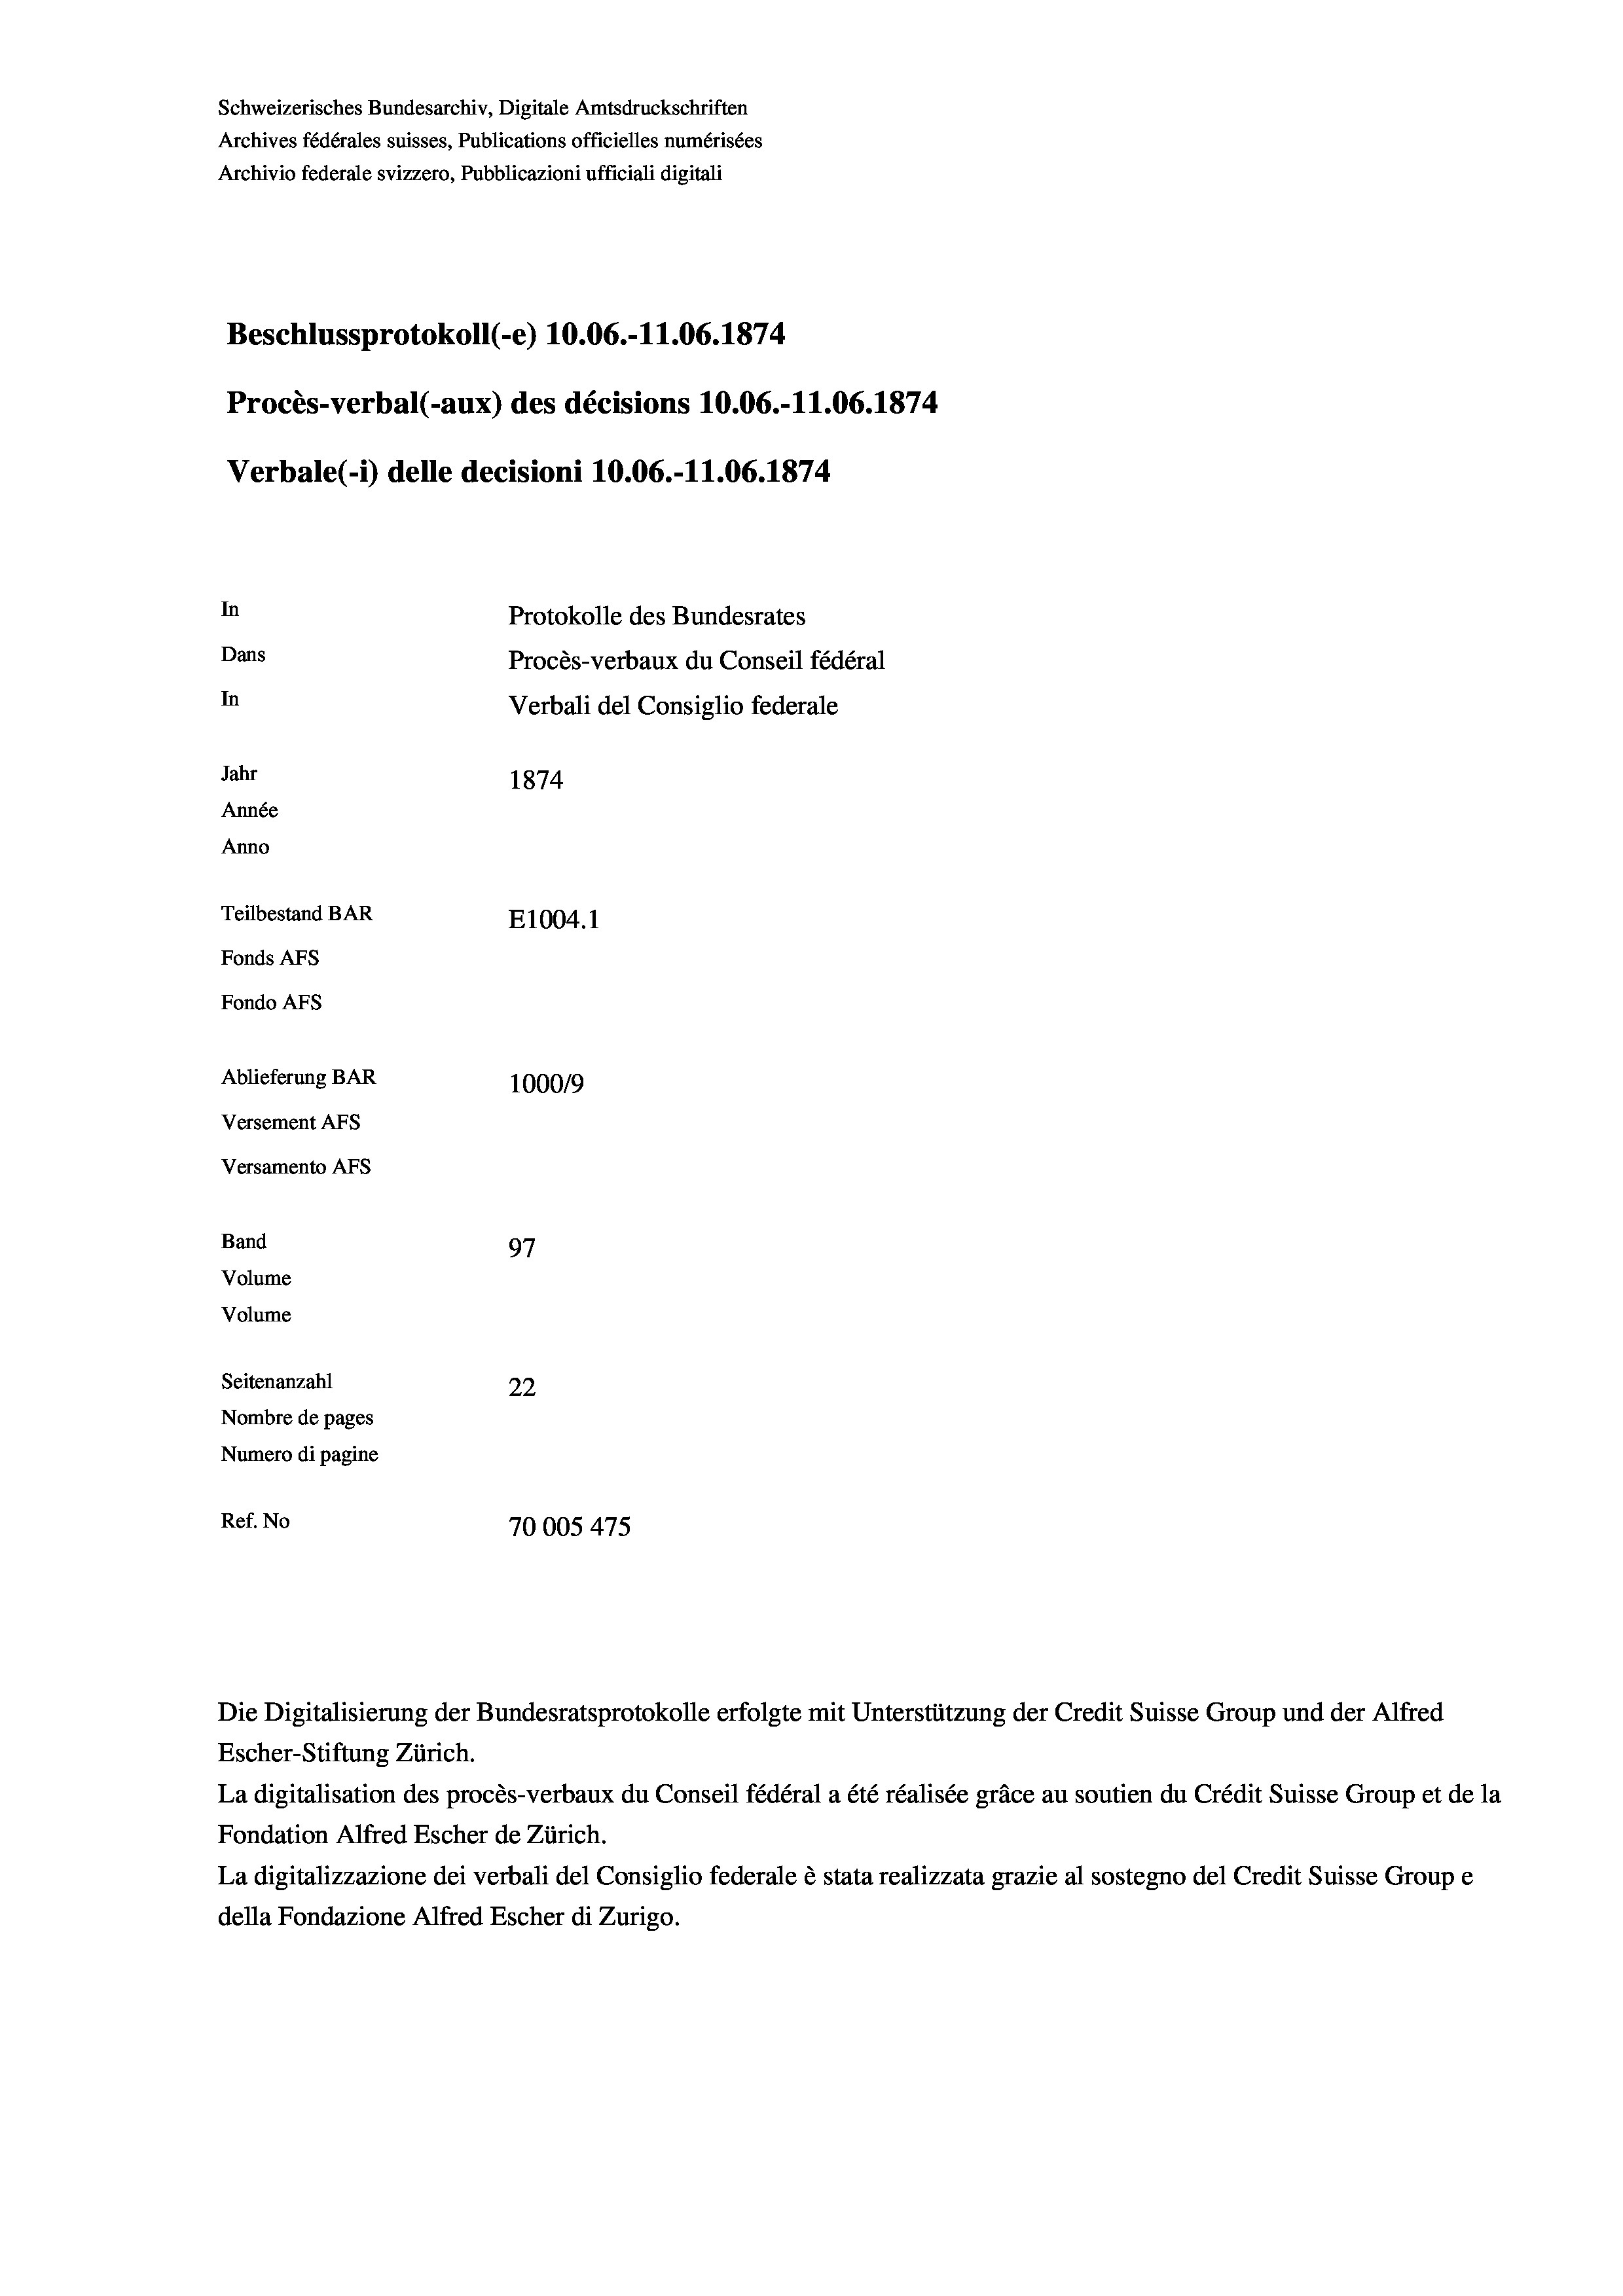
Schweizerisches Bundesarchiv, Digitale Amtsdruckschriften
Archives fédérales suisses, Publications officielles numérisées
Archivio federale svizzero, Pubblicazioni ufficiali digitali
Beschlussprotokoll (-e) 10.06.-11.06. 1874
Procès-verbal (-aux) des décisions 10.06.-11.06. 1874
Verbale(-*) delle decisioni 10.06.-11.06. 1874
In
Protokolle des Bundesrates
Dans
Procès-verbaux du Conseil fédéral
In
Verbali del Consiglio federale
Jahr
1874
Année
Anno
Teilbestand BAR
E1004. 1
Fonds AFs
Fondo Afs
Ablieferung BAR
100019
Versement AFs
Versamento Afs
Band
97
Volume

Seitenanzahl
22
Nombre de pages
Numero di pagine
Ref. No
70005 475

Volume

Die Digitalisierung der Bundesratsprotokolle erfolgte mit Unterstützung der Credit Suisse Group und der Alfred
Escher-Stiftung Zürich.
La digitalisation des procès-verbaux du Conseil fédéral a été réalisée gräce au soutien du Crédit Suisse Group et de la
Fondation Alfred Escher de Zürich.
La digitalizzazione dei verbali del Consiglio federale è stata realizzata grazie al sostegno del Credit Suisse Groupe
della Fondazione Alfred Escher di Zurigo.